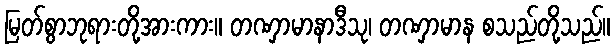
မြတ်စွာဘုရားတို့အားကား။ တဏှာမာနာဒီသု၊ တဏှာမာန စသည်တို့သည်။